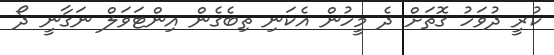
ކުރީ ދުވަހު ގޮތަށް ދެ މީހުން އެކަނި ތިބެގެން އިންޓަވަލް ނަގާނީ ދޯ